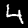
Label: 4